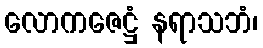
လောကဇေဋ္ဌံ နရာသဘံ၊